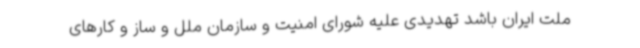
ملت ایران باشد تهدیدی علیه شورای امنیت و سازمان ملل و ساز و کارهای